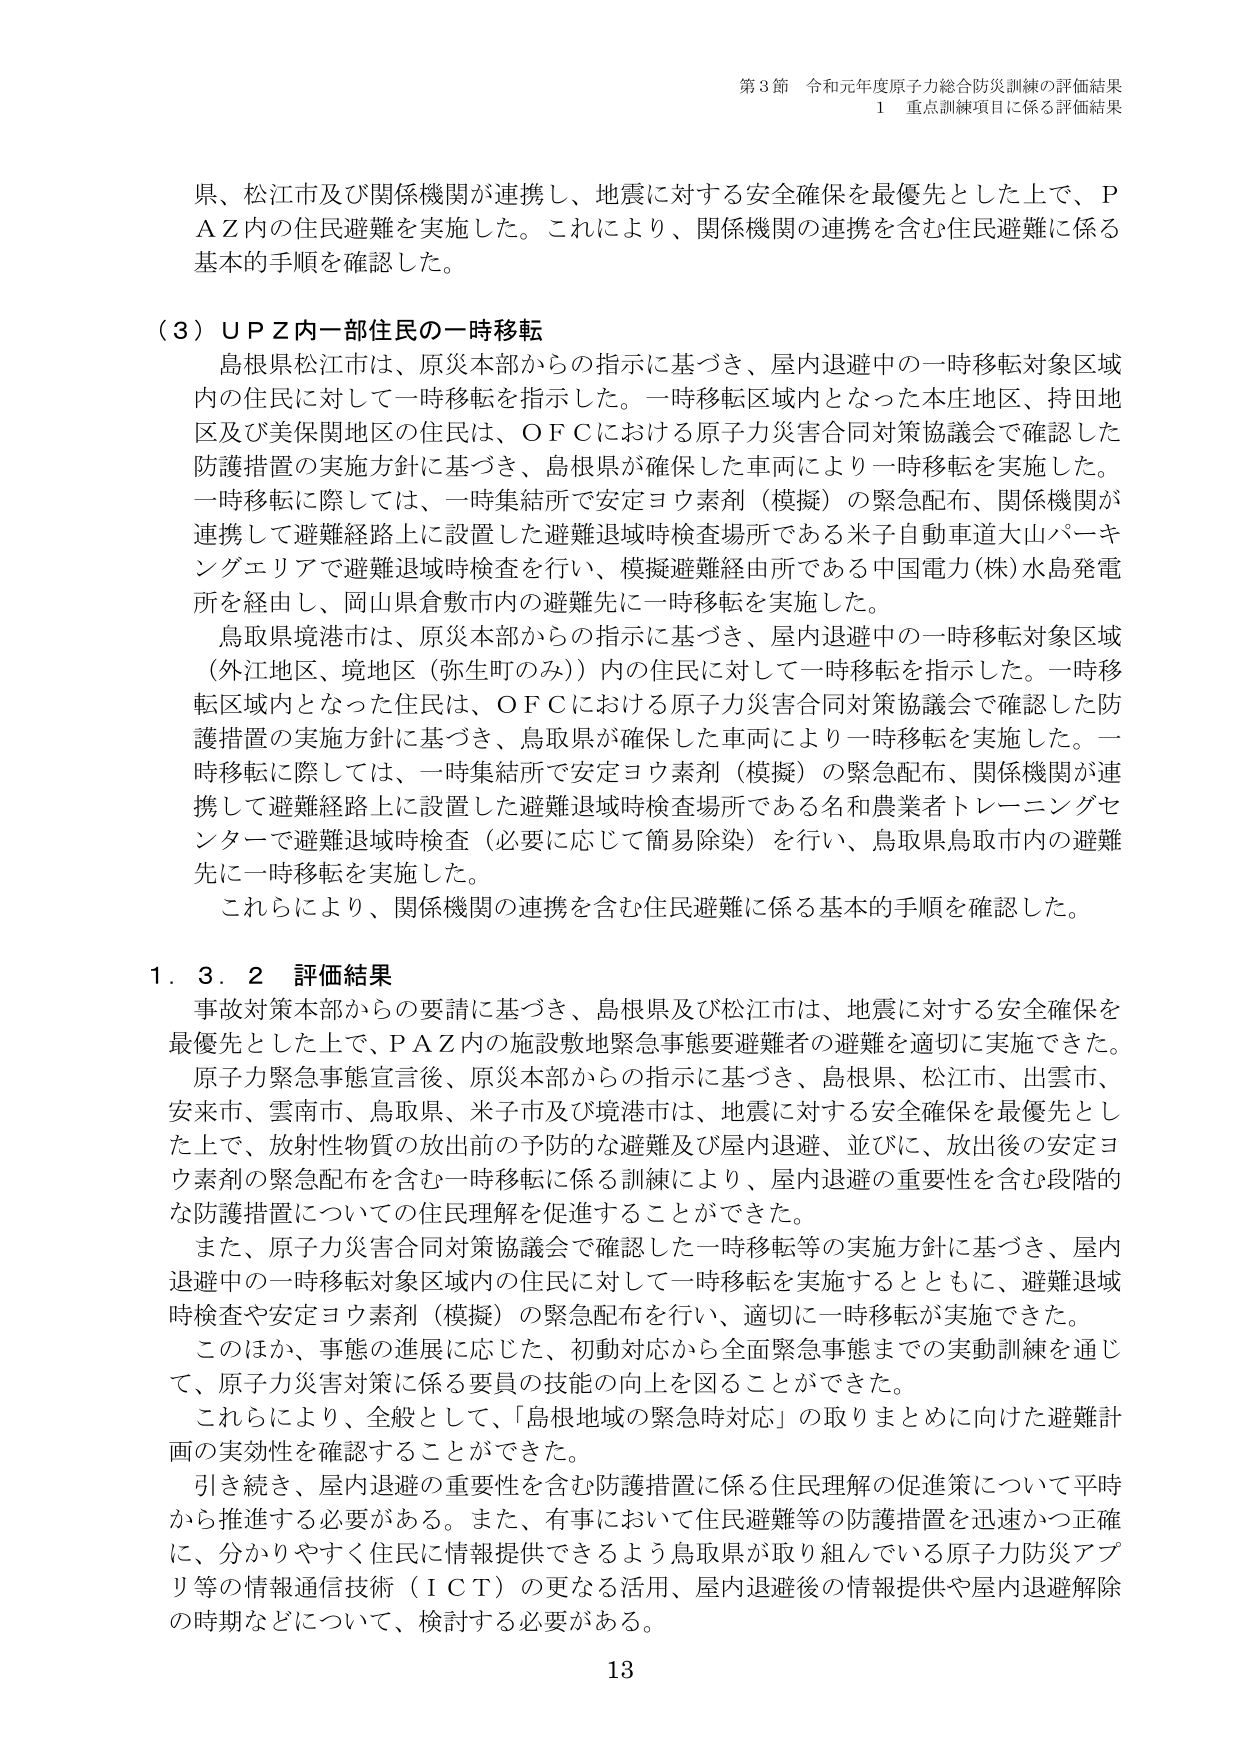
第3節 令和元年度原子力総合防災訓練の評価結果
1 重点訓練項目に係る評価結果

県、松江市及び関係機関が連携し、地震に対する安全確保を最優先とした上で、ＰＡＺ内の住民避難を実施した。これにより、関係機関の連携を含む住民避難に係る基本的手順を確認した。

（３）ＵＰＺ内一部住民の一時移転
島根県松江市は、原災本部からの指示に基づき、屋内退避中の一時移転対象区域内の住民に対して一時移転を指示した。一時移転区域内となった本庄地区、持田地区及び美保関地区の住民は、ＯＦＣにおける原子力災害合同対策協議会で確認した防護措置の実施方針に基づき、島根県が確保した車両により一時移転を実施した。一時移転に際しては、一時集結所で安定ヨウ素剤（模擬）の緊急配布、関係機関が連携して避難経路上に設置した避難退域時検査場所である米子自動車道大山パーキングエリアで避難退域時検査を行い、模擬避難経由所である中国電力(株)水島発電所を経由し、岡山県倉敷市内の避難先に一時移転を実施した。

鳥取県境港市は、原災本部からの指示に基づき、屋内退避中の一時移転対象区域（外江地区、境地区（弥生町のみ））内の住民に対して一時移転を指示した。一時移転区域内となった住民は、ＯＦＣにおける原子力災害合同対策協議会で確認した防護措置の実施方針に基づき、鳥取県が確保した車両により一時移転を実施した。一時移転に際しては、一時集結所で安定ヨウ素剤（模擬）の緊急配布、関係機関が連携して避難経路上に設置した避難退域時検査場所である名和農業者トレーニングセンターで避難退域時検査（必要に応じて簡易除染）を行い、鳥取県鳥取市内の避難先に一時移転を実施した。

これらにより、関係機関の連携を含む住民避難に係る基本的手順を確認した。

1．3．2 評価結果
事故対策本部からの要請に基づき、島根県及び松江市は、地震に対する安全確保を最優先とした上で、ＰＡＺ内の施設敷地緊急事態要避難者の避難を適切に実施できた。

原子力緊急事態宣言後、原災本部からの指示に基づき、島根県、松江市、出雲市、安来市、雲南市、鳥取県、米子市及び境港市は、地震に対する安全確保を最優先とした上で、放射性物質の放出前の予防的な避難及び屋内退避、並びに、放出後の安定ヨウ素剤の緊急配布を含む一時移転に係る訓練により、屋内退避の重要性を含む段階的な防護措置についての住民理解を促進することができた。

また、原子力災害合同対策協議会で確認した一時移転等の実施方針に基づき、屋内退避中の一時移転対象区域内の住民に対して一時移転を実施するとともに、避難退域時検査や安定ヨウ素剤（模擬）の緊急配布を行い、適切に一時移転が実施できた。

このほか、事態の進展に応じた、初動対応から全面緊急事態までの実動訓練を通じて、原子力災害対策に係る要員の技能の向上を図ることができた。

これにより、全般として、「島根地域の緊急時対応」の取りまとめに向けた避難計画の実効性を確認することができた。

引き続き、屋内退避の重要性を含む防護措置に係る住民理解の促進策について平時から推進する必要がある。また、有事において住民避難等の防護措置を迅速かつ正確に、分かりやすく住民に情報提供できるよう鳥取県が取り組んでいる原子力防災アプリ等の情報通信技術（ＩＣＴ）の更なる活用、屋内退避後の情報提供や屋内退避解除の時期などについて、検討する必要がある。

13